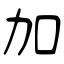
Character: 加